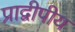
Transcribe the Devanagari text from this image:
प्राद्वीपीय